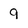
Character: 9